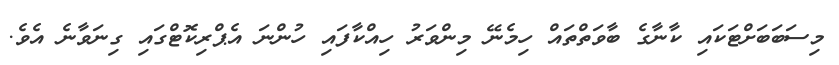
މިސަބަބަށްޓަކައި ކާނާގެ ބާވަތްތައް ހިމެނޭ މިންވަރު ހިއްކާފައި ހުންނަ އެޕްރިކޮޓްގައި ގިނަވާނެ އެވެ.